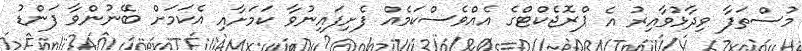
މުސްތަފާ ވިދާޅުވާއިރު އެ ޕްރޮޖެކްޓްގެ އެއްވެސްކަމެއް ފެށިފައިނުވާ ކަމަށާއި އެކަމަށް ބޭނުންވާ ފަންޑު